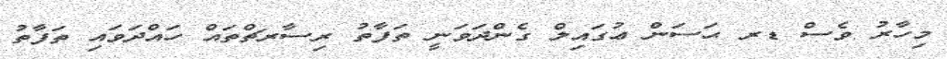
މިހާރު ވެސް ޑރ ޙަސަން ޢުގައިލް ގެންދަވަނީ ތަފާތު ރިސާރޗްތައް ހައްދަވައި ތަފާތު